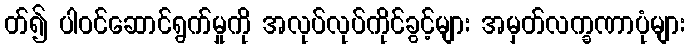
တ်၍ ပါဝင်ဆောင်ရွက်မှုကို အလုပ်လုပ်ကိုင်ခွင့်များ အမှတ်လက္ခဏာပုံများ